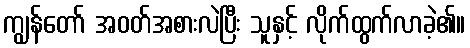
ကျွန်တော် အဝတ်အစားလဲပြီး သူနှင့် လိုက်ထွက်လာခဲ့၏။